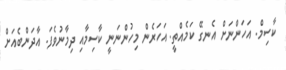
ކާސިމް. އަހަންނަށް އެނގޭ ކަމެއްތީ. އަހަރެން މިހުންނަނީ ކާސިމާއި ދިމާނުވެފަ. އާދަންބެއަށް